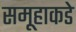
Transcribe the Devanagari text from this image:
समूहाकडे